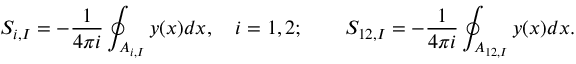
S _ { i , I } = - \frac { 1 } { 4 \pi i } \oint _ { A _ { i , I } } y ( x ) d x , \quad i = 1 , 2 ; \qquad S _ { 1 2 , I } = - \frac { 1 } { 4 \pi i } \oint _ { A _ { 1 2 , I } } y ( x ) d x .